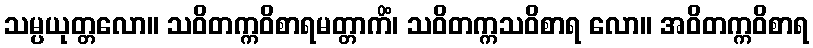
သမ္ပယုတ္တလော။ သဝိတက္ကဝိစာရမတ္တာကိံ၊ သဝိတက္ကသဝိစာရ လော။ အဝိတက္ကဝိစာရ